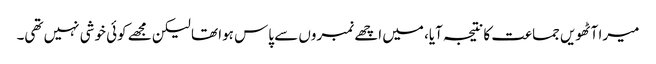
میرا آٹھویں جماعت کا نتیجہ آیا، میں اچھے نمبروں سے پاس ہوا تھا لیکن مجھے کوئی خوشی نہیں تھی۔